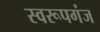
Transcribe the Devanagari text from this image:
स्वरूपगंज